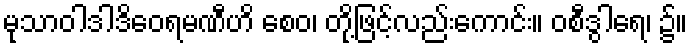
မုသာဝါဒါဒိဝေရမဏီဟိ စေဝ၊ တို့ဖြင့်လည်းကောင်း။ ဝစီဒွါရေ၊ ၌။